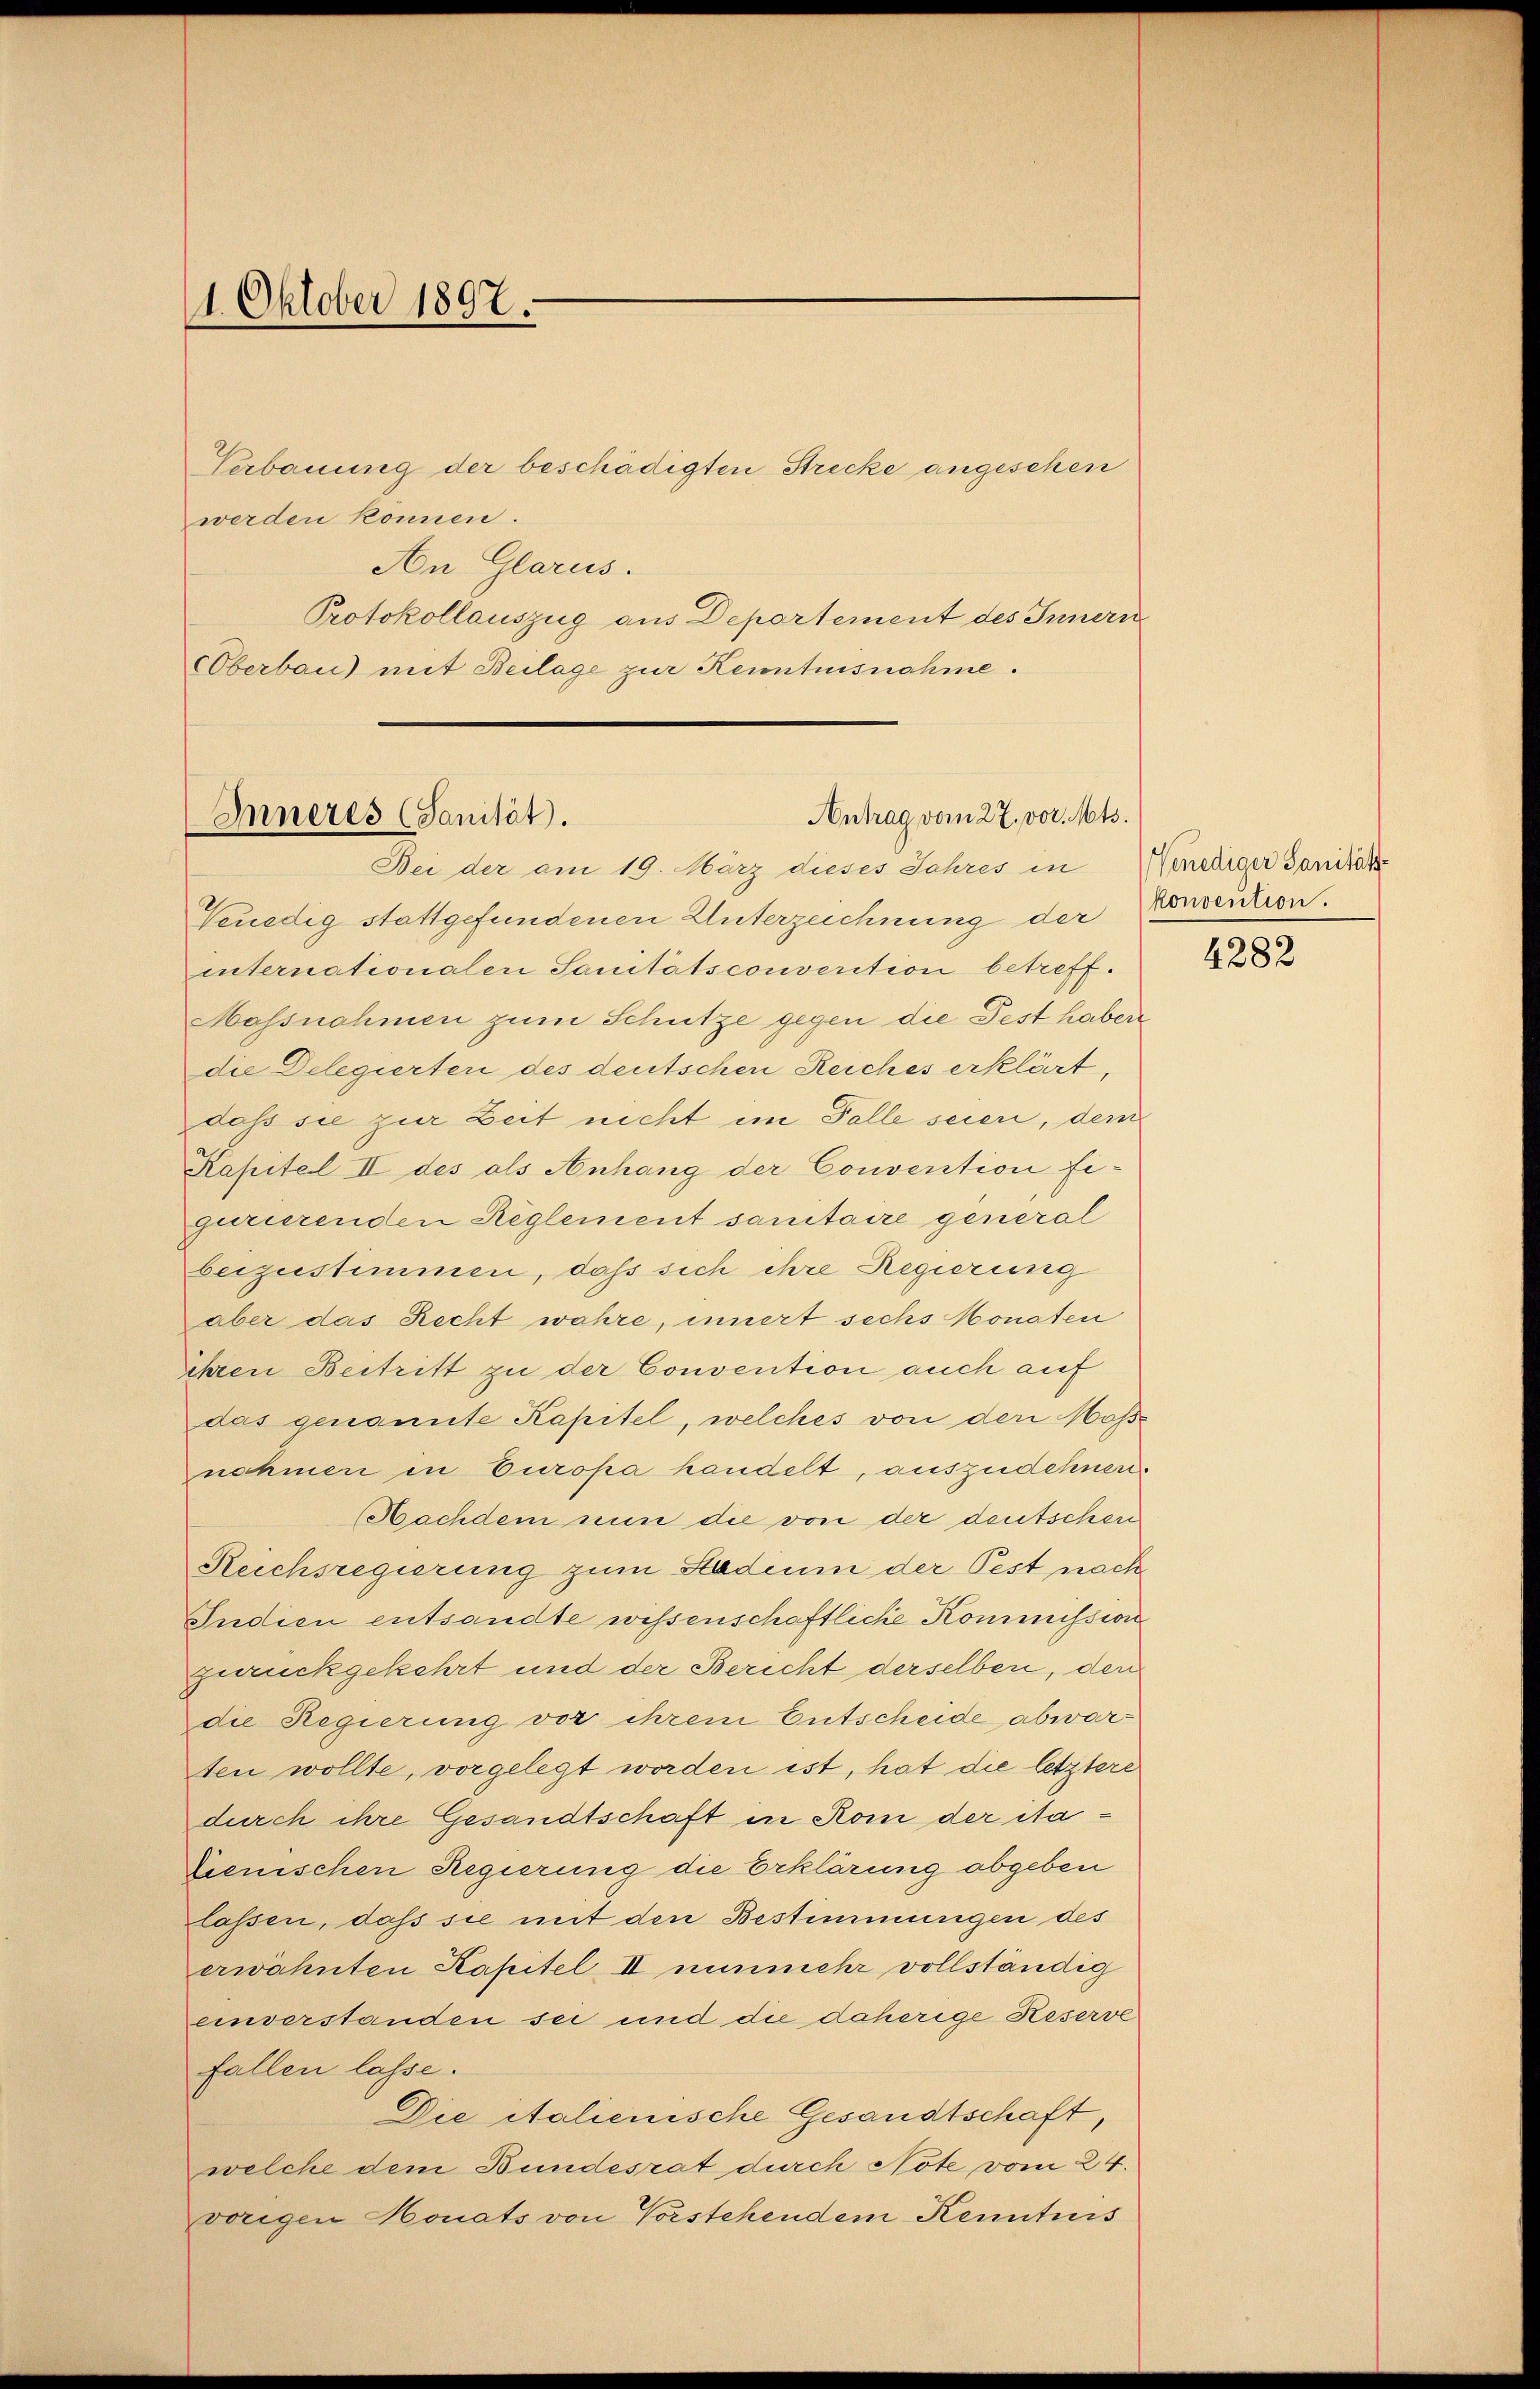
1. Oktober 1897.

Verbauung der beschädigten Strecke angesehen
werden können.
An Glarus.
Protokollauszug aus Deportement des Innern
OOberbau) mit Beilage zur Kenntnisnahme.

Antrag vom 27. vor. Mts.
Inneres (Sanität.

Bei der am 19. März dieses Jahres in Windiger Sanitäte
Venedig stattgefundenen Unterzeichnung der Konsention.
internationalen Sanitätsconverition betreff.
Massnahmen zum Schütze gegen die Fest haben
die Delegierter des deutschen Reiches erklärt,
daß sie zur Zeit nicht im Falle seien, dem
Kapitel II des als Anhang der Convention fi-
gurierenden Reglement sanitaire general
beizustimmen, daß sich ihre Regierung
aber das Recht wahre, innert sechs Monaten
ihren Beitritt zu der Convention auch auf
das genannte Kapitel, welches von den Mösnahmen in Europa handelt, auszudehnen.
Nachdem nun die von der deutschen
Reichsregierung zum Stadium der Pest nach
Indien entsandte wissenschaftliche Kommission
zurückgekehrt und der Bericht derselben, den
die Regierung vor ihrem Entscheide abwarten wollte, vorgelegt worden ist, hat die letztere
durch ihre Gesandtschaft in Rom der ita¬
Tienischen Regierung die Erklärung abgeben
lassen, daß sie mit den Bestimmungen des
erwähnten Kapitel II nunmehr vollständig
einverstanden sei und die daherige Reserve
fallen lasse.
Die italienische Gesandtschaft,
welche dem Bundesrat durch Note vom 24.
vorigen Honats von Vorstehendem Kenntnis

4282